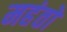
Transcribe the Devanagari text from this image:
महंतो